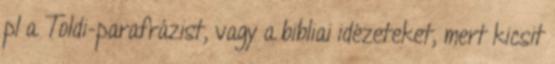
pl a Toldi-parafrázist, vagy a bibliai idézeteket, mert kicsit